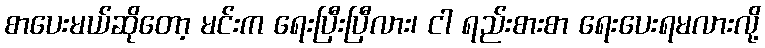
စာပေးမယ်ဆိုတော့ မင်းက ရေးပြီးပြီလား၊ ငါ ရည်းစားစာ ရေးပေးရမလားလို့